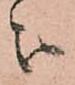
被